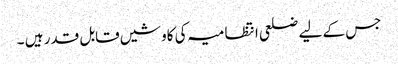
جس کے لیے ضلعی انتظامیہ کی کاوشیں قابل قدر ہیں ۔